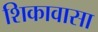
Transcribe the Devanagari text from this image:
शिकावासा